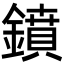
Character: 鐼